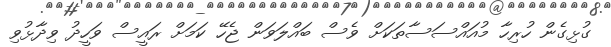
ގުޅިގެން ހުރިހާ މުއައްސަސާތަކަށް ވެސް ބައްލަވަން ޖެހޭ ކަމަށް ރައީސް ވަހީދު ވިދާޅުވި